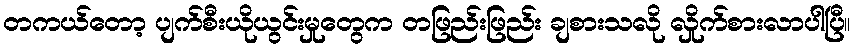
တကယ်တော့ ပျက်စီးယိုယွင်းမှုတွေက တဖြည်းဖြည်း ချစားသလို လှိုက်စားလာပါပြီ။